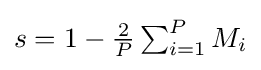
s=1-\textstyle {\frac {2}{P}}\textstyle \sum _{i=1}^{P}M_{i}